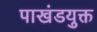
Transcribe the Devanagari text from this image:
पाखंडयुक्त